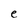
Character: e